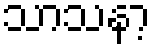
သာသနာ့